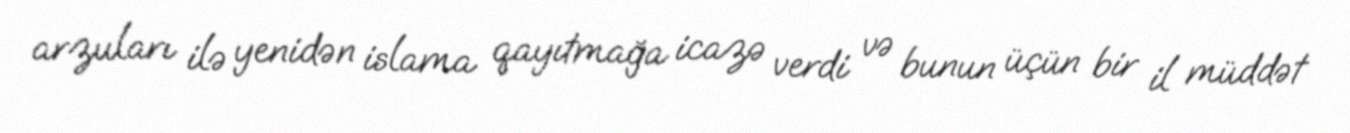
arzuları ilə yenidən islama qayıtmağa icazə verdi və bunun üçün bir il müddət